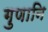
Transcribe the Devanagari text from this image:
गुणानि